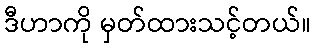
ဒီဟာကို မှတ်ထားသင့်တယ်။